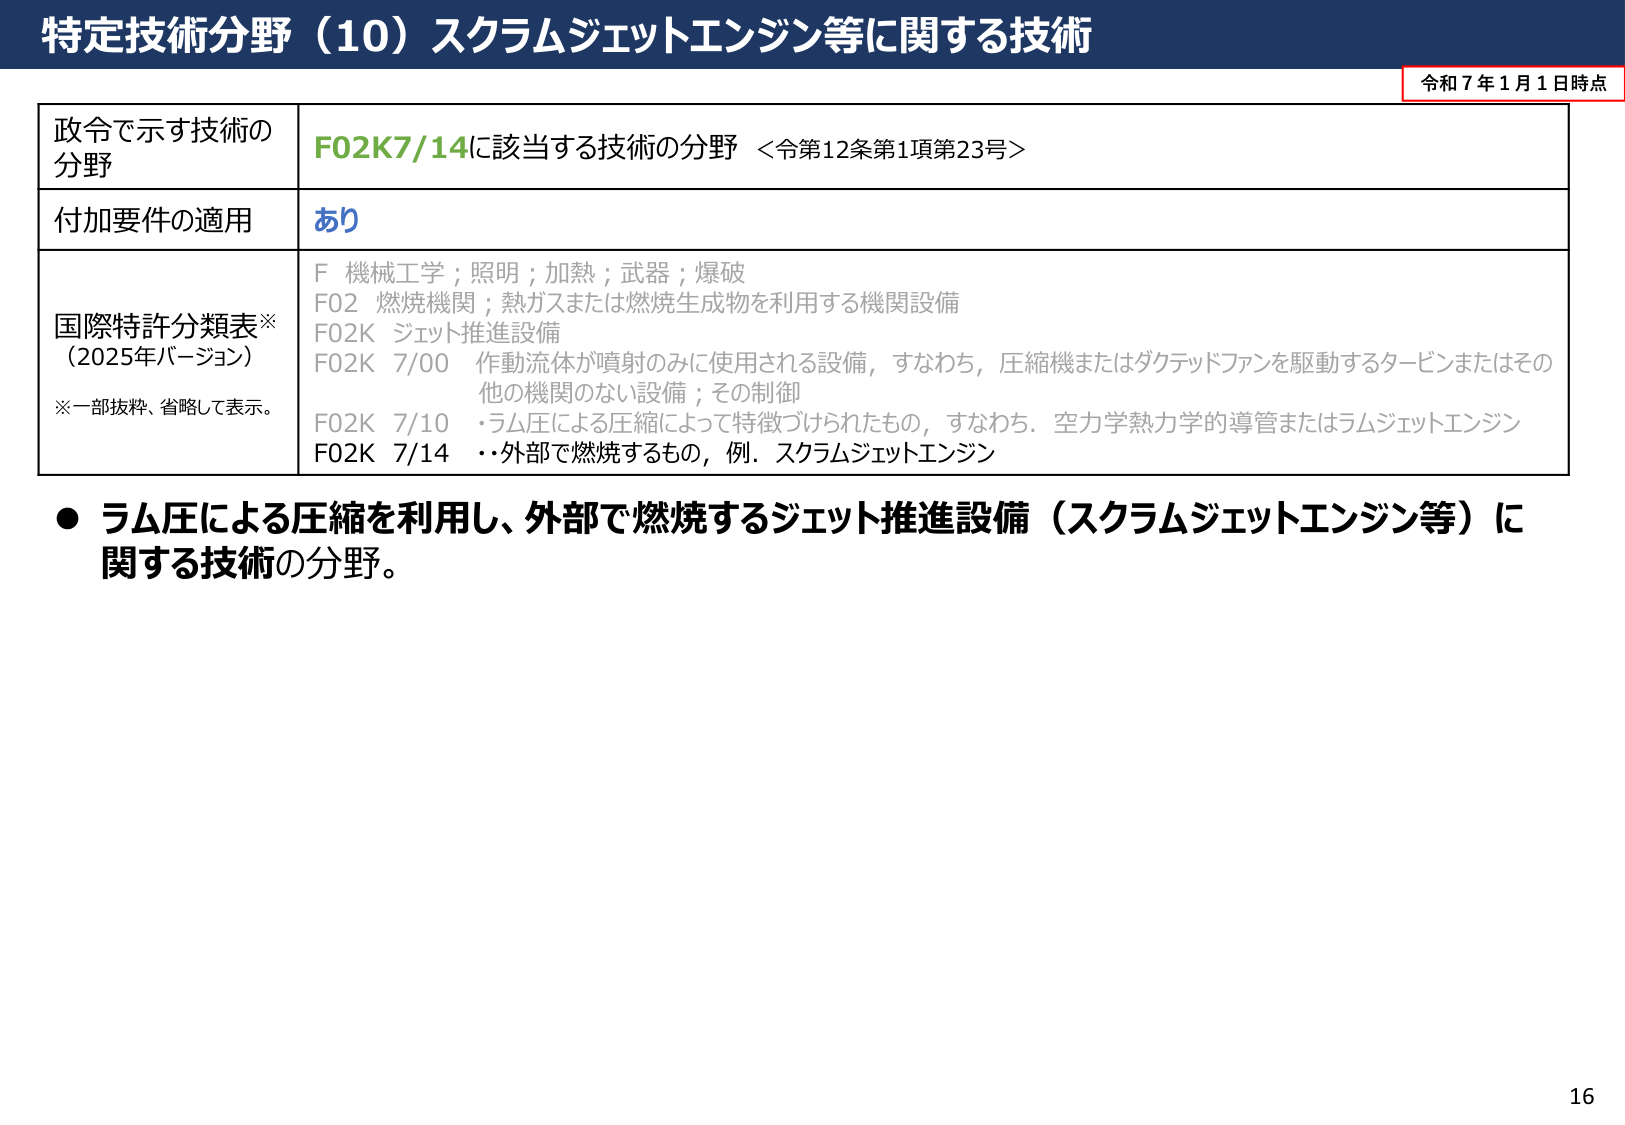
特定技術分野（10）スクラムジェットエンジン等に関する技術

令和7年1月1日時点

政令で示す技術の
分野
F02K7/14に該当する技術の分野 ＜令第12条第1項第23号＞

付加要件の適用
あり

国際特許分類表※
（2025年バージョン）
※一部抜粋、省略して表示。
F 機械工学；照明；加熱；武器；爆破
F02 燃焼機関；熱ガスまたは燃焼生成物を利用する機関設備
F02K ジェット推進設備
F02K 7/00 作動流体が噴射のみに使用される設備，すなわち，圧縮機またはダクテッドファンを駆動するタービンまたはその他の機関のない設備；その制御
F02K 7/10 ・ラム圧による圧縮によって特徴づけられたもの，すなわち，空力学熱力学的導管またはラムジェットエンジン
F02K 7/14 ・・外部で燃焼するもの，例．スクラムジェットエンジン

● ラム圧による圧縮を利用し、外部で燃焼するジェット推進設備（スクラムジェットエンジン等）に関する技術の分野。

16